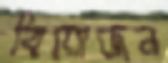
বিয়োজন